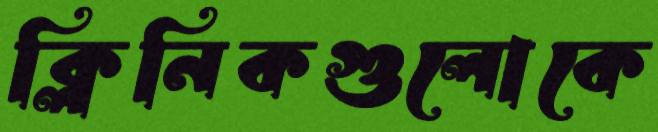
ক্লিনিকগুলোকে